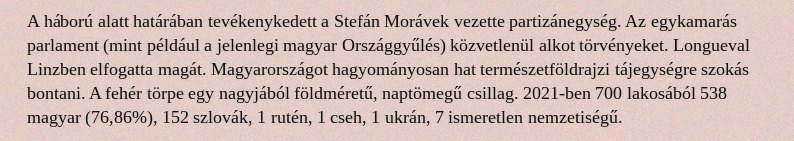
A háború alatt határában tevékenykedett a Stefán Morávek vezette partizánegység. Az egykamarás parlament (mint például a jelenlegi magyar Országgyűlés) közvetlenül alkot törvényeket. Longueval Linzben elfogatta magát. Magyarországot hagyományosan hat természetföldrajzi tájegységre szokás bontani. A fehér törpe egy nagyjából földméretű, naptömegű csillag. 2021-ben 700 lakosából 538 magyar (76,86%), 152 szlovák, 1 rutén, 1 cseh, 1 ukrán, 7 ismeretlen nemzetiségű.